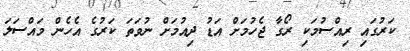
ކަރުގައި ރިއްސުމަކި ރޯގާ ޖެހުމަށް އަޑު ދިއުމަށް ނުވަތަ ކަރުގެ އެހެން މައްސަލަ